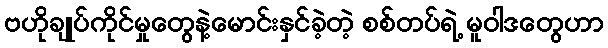
ဗဟိုချုပ်ကိုင်မှုတွေနဲ့မောင်းနှင်ခဲ့တဲ့ စစ်တပ်ရဲ့ မူဝါဒတွေဟာ